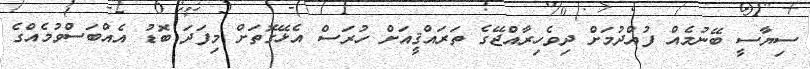
ސިޔާސީ ބޭނުމެއް ފުއްދުމަށް ދިވެހިރާއްޖޭގެ ތަރައްޤީއަށް ހުރަސް އެޅޭގޮތަށް މިފަދަ ބޮޑު އެއްބަސްވުމެއްގެ